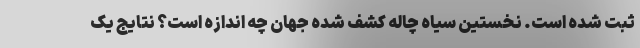
ثبت شده است. نخستین سیاه چاله کشف شده جهان چه اندازه است؟ نتایج یک